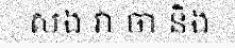
សង វា ចា និង